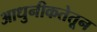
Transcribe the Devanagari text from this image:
आधुनीकतेतून